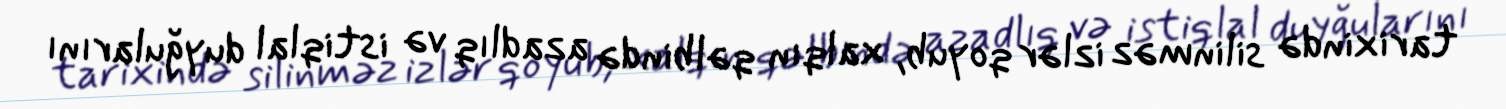
tarixində silinməz izlər qoyub, xalqın qəlbində azadlıq və istiqlal duyğularını